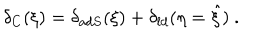
\delta _ { C } ( \xi ) = \delta _ { a d S } ( \xi ) + \delta _ { l d } ( \eta = \hat { \xi } ) \ .